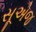
સૂએજ